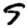
Digit: 9